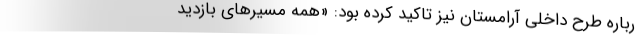
رباره‌ طرح داخلی آرامستان نیز تاکید کرده بود: «همه‌ مسیرهای بازدید